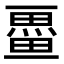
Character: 𭻩